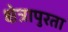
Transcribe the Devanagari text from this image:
क्षेत्रापुरता